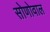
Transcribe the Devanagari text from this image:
सोणोवाल